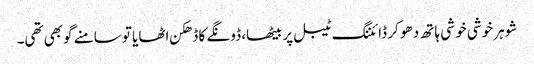
شوہر خوشی خو شی ہا تھ دھو کر ڈائننگ ٹیبل پر بیٹھا، ڈونگے کا ڈھکن اٹھایا تو سامنے گوبھی تھی۔